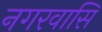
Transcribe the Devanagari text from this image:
नगरवासि